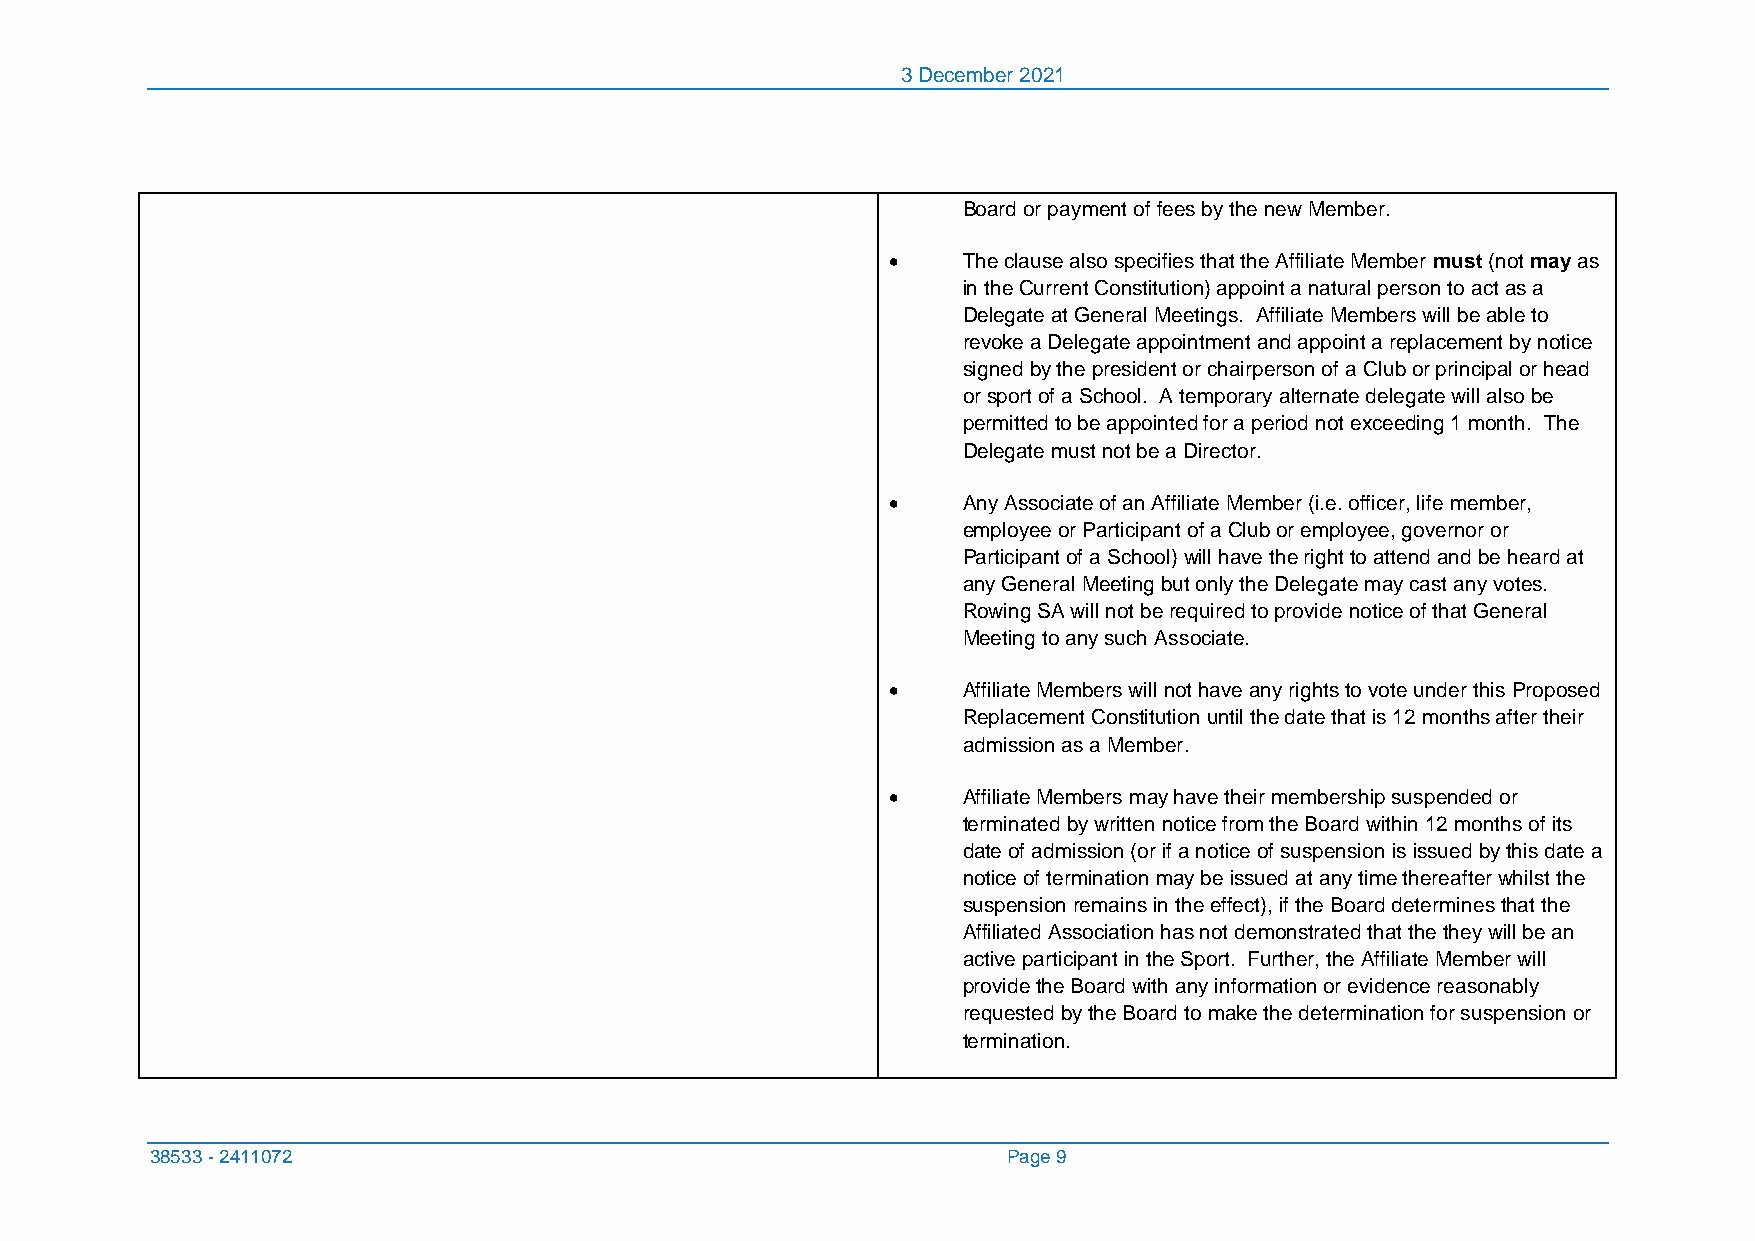
3 December 2021
 Board or payment of fees by the new Member.
 •    The clause also specifies that the Affiliate Member must (not may as
 in the Current Constitution) appoint a natural person to act as a
 Delegate at General Meetings. Affiliate Members will be able to
 revoke a Delegate appointment and appoint a replacement by notice
 signed by the president or chairperson of a Club or principal or head
 or sport of a School. A temporary alternate delegate will also be
 permitted to be appointed for a period not exceeding 1 month. The
 Delegate must not be a Director.
 •    Any Associate of an Affiliate Member (i.e. officer, life member,
 employee or Participant of a Club or employee, governor or
 Participant of a School) will have the right to attend and be heard at
 any General Meeting but only the Delegate may cast any votes.
 Rowing SA will not be required to provide notice of that General
 Meeting to any such Associate.
 •    Affiliate Members will not have any rights to vote under this Proposed
 Replacement Constitution until the date that is 12 months after their
 admission as a Member.
 •    Affiliate Members may have their membership suspended or
 terminated by written notice from the Board within 12 months of its
 date of admission (or if a notice of suspension is issued by this date a
 notice of termination may be issued at any time thereafter whilst the
 suspension remains in the effect), if the Board determines that the
 Affiliated Association has not demonstrated that the they will be an
 active participant in the Sport. Further, the Affiliate Member will
 provide the Board with any information or evidence reasonably
 requested by the Board to make the determination for suspension or
 termination.
 38533 - 2411072                                          Page 9